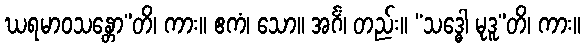
ဃရမာဝသန္တော”တိ၊ ကား။ ဧကံ၊ သော။ အင်္ဂံ၊ တည်း။ “သဒ္ဓေါ မုဒူ”တိ၊ ကား။